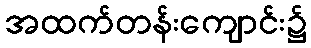
အထက်တန်းကျောင်း၌